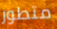
متطور